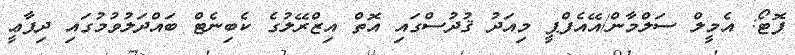
ފޮޓޯ: އެމީލް ސަލްމާން/އޭއެފްޕީ މިއަދު ޤުދުސްގައި އޮތް އިޒްރޭލުގެ ކެބިނެޓް ބައްދަލުވުމުގައި ދިފާޢީ